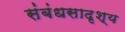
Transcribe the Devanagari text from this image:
संबंधसादृश्य